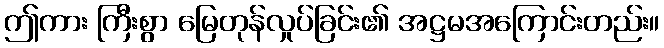
ဤကား ကြီးစွာ မြေတုန်လှုပ်ခြင်း၏ အဋ္ဌမအကြောင်းတည်း။